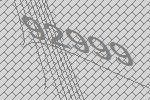
92999